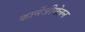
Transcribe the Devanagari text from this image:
कार्नेजीमेलन